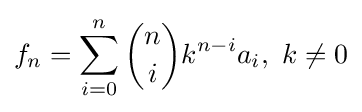
f_{n}=\sum _{i=0}^{n}{\binom {n}{i}}k^{n-i}a_{i},\ k\neq 0